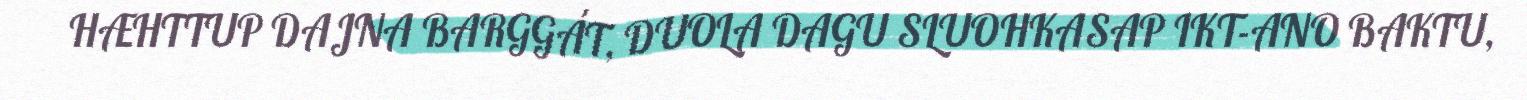
HÆHTTUP DAJNA BARGGÁT, DUOLA DAGU SLUOHKASAP IKT-ANO BAKTU,